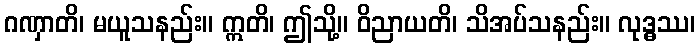
ဂဏှာတိ၊ မယူသနည်း။ ဣတိ၊ ဤသို့။ ဝိညာယတိ၊ သိအပ်သနည်း။ လုဒ္ဓဿ၊